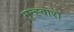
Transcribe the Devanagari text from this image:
मून्ह्वारो